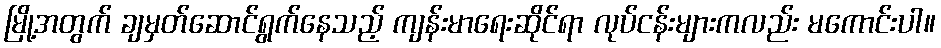
မြို့အတွက် ချမှတ်ဆောင်ရွက်နေသည့် ကျန်းမာရေးဆိုင်ရာ လုပ်ငန်းများကလည်း မကောင်းပါ။